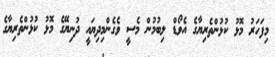
މިފަހަރު މޮޅު ކުޅުންތެރިޔާގެ އެވޯޑް ލިބުމުން މެސީ ވެގެންމިދިޔައީ ދުނިޔޭގެ މޮޅު ކުޅުންތެރިޔާގެ